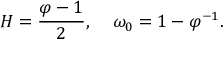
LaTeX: H = \frac { \varphi - 1 } { 2 } , \; \; \; \; \omega _ { 0 } = 1 - \varphi ^ { - 1 } .